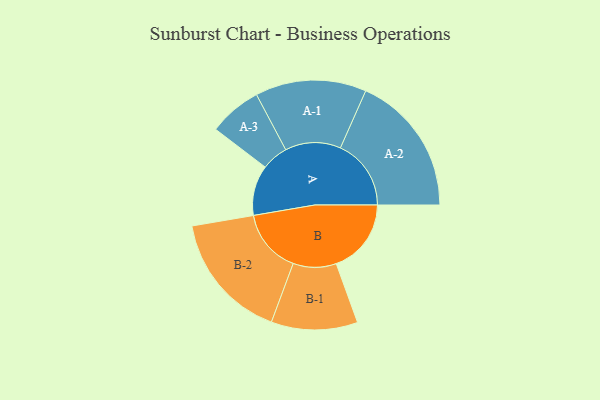
{"axis": {"x": "Segment", "y": "Value"}, "legend": ["", "A", "B"], "data": [{"x": "A", "y": 199, "type": ""}, {"x": "B", "y": 297, "type": ""}, {"x": "A-1", "y": 220, "type": "A"}, {"x": "A-2", "y": 280, "type": "A"}, {"x": "A-3", "y": 105, "type": "A"}, {"x": "B-1", "y": 171, "type": "B"}, {"x": "B-2", "y": 254, "type": "B"}]}